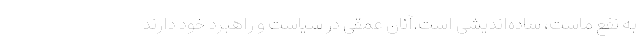
به نفع ماست، ساده‌اندیشی است.آنان عمقی در سیاست و راهبرد خود دارند